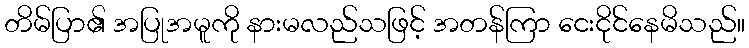
တိမ်ပြာ၏ အပြုအမူကို နားမလည်သဖြင့် အတန်ကြာ ငေးငိုင်နေမိသည်။